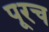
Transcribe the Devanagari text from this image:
पूरच